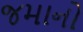
જમાનો